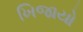
ખિજાયો